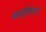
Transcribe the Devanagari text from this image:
काईसलर